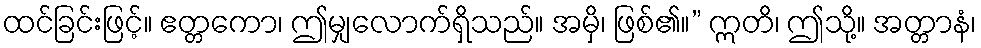
ထင်ခြင်းဖြင့်။ ဧတ္တကော၊ ဤမျှလောက်ရှိသည်။ အမှိ၊ ဖြစ်၏။” ဣတိ၊ ဤသို့။ အတ္တာနံ၊